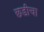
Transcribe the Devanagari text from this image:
छडीचा